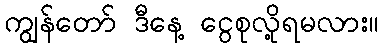
ကျွန်တော် ဒီနေ့ ငွေစုလို့ရမလား။